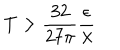
T > \frac { 3 2 } { 2 7 \pi } \frac \epsilon \lambda